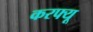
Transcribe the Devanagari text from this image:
करफ्यू